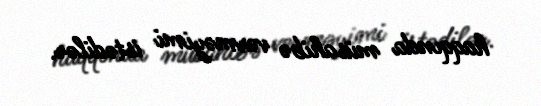
haqqında müsahibə verməyimi istədilər.